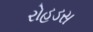
રોહડસ